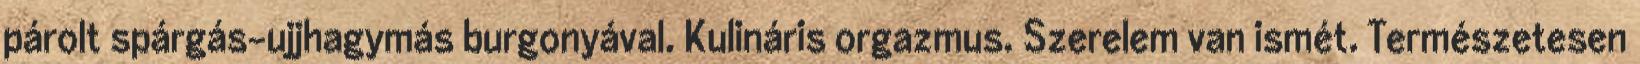
párolt spárgás-ujjhagymás burgonyával. Kulináris orgazmus. Szerelem van ismét. Természetesen